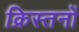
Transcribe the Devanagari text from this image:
क्रिस्तनों